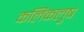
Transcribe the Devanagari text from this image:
कलिकलुष